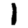
Digit: 1